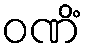
ဝဏိံ